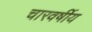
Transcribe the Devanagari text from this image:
चारवर्षीय